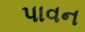
પાવન